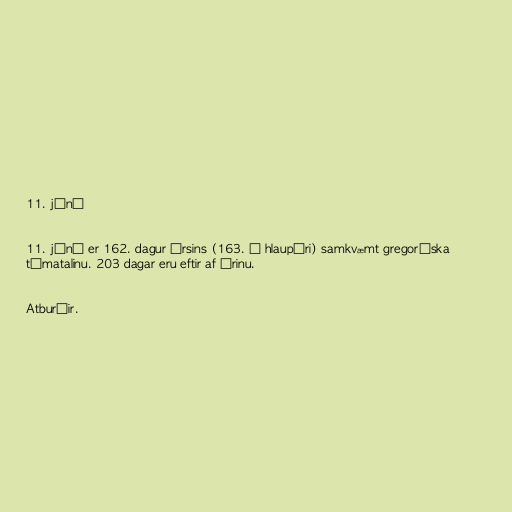
11. júní

11. júní er 162. dagur ársins (163. á hlaupári) samkvæmt gregoríska
tímatalinu. 203 dagar eru eftir af árinu.

Atburðir.